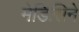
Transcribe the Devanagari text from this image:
मेडिसिने